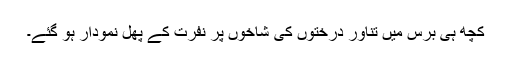
کچھ ہی برس میں تناور درختوں کی شاخوں پر نفرت کے پھل نمودار ہو گئے۔